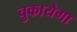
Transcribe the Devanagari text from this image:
चुकायेगा